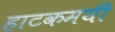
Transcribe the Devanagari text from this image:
हाटकमयी